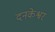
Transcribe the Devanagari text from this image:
दनकेश्वर